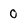
Character: 0